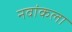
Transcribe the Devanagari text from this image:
नवांकला